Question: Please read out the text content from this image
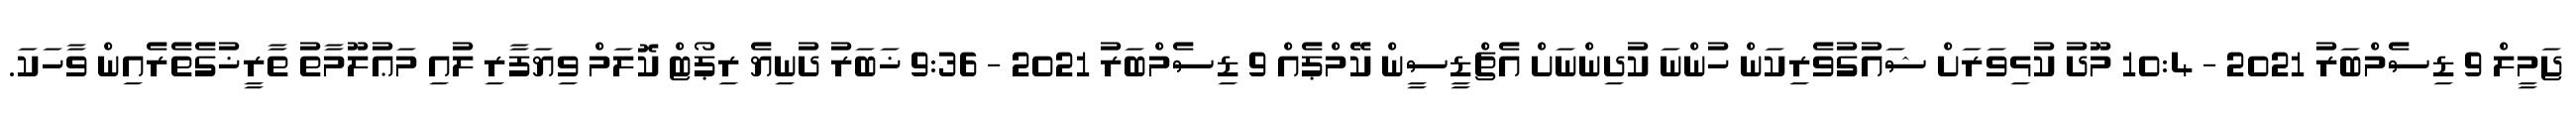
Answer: ޖަމީލް 9 ޑިސެމްބަރު 2021 - 10:4 މޫދު ކުޅިވަރަށް ޝައުގުވެރިކަން ހުންނަ ކުދިންނަށް އެޗްޑީސީން ކޭމްޕެއް 9 ޑިސެމްބަރު 2021 - 9:36 ޚަބަރު ދުނިޔެ ރިޕޯޓް ކޮލަމް ވިޔަފާރި ލުއި މަޢުލޫމާތު ތާރީޚުގެތެރެއިން ވާހަކަ.